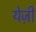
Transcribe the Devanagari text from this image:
येज़ी